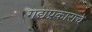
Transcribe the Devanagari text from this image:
गद्यप्रकाराचे